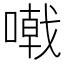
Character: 𠽤